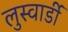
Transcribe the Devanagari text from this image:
लुस्वार्डी